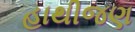
હાથીજણ